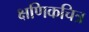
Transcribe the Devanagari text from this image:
क्षणिकचित्र